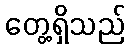
တွေ့ရှိသည်